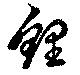
鯉